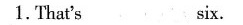
1.That's six.